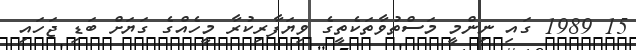
15 1989 ގައި ނިންމީ މަސްތުވާތަކެތީގެ ވިޔަފާރިކުރާ މީހެއްގެ ގަޔަށް ބަޑި ޖަހައި